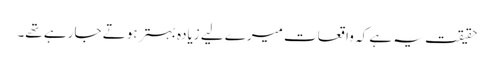
حقیقت یہ ہے کہ واقعات میرے لیے زیادہ بہتر ہوتے جا رہے تھے۔